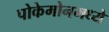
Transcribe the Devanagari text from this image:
पोकेमोनमध्ये